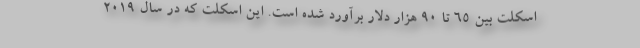
اسکلت بین ۶۵ تا ۹۰ هزار دلار برآورد شده است. این اسکلت که در سال ۲۰۱۹